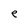
Character: e